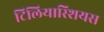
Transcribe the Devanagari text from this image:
टिलियास्शियस